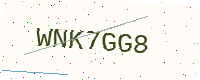
Text: WNK7GG8